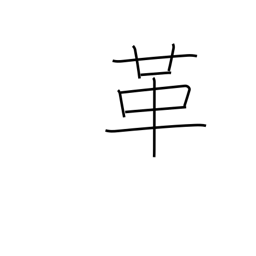
Meaning: reform